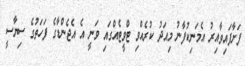
ފަށާފައިވާއިރު އެމަނިކުފާނު މިއަދު ކުރެއްވި ޓްވީޓެއްގައި ވަނީ އެ އެޖެންޑާގެ ފަހަތުގެ ސިޔާސީ